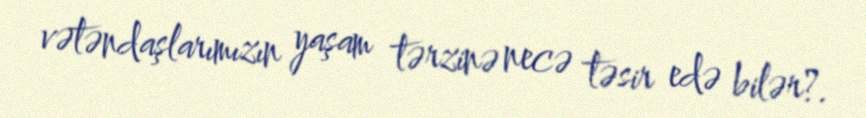
vətəndaşlarımızın yaşam tərzinə necə təsir edə bilər?.